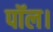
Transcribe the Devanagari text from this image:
पॉल।